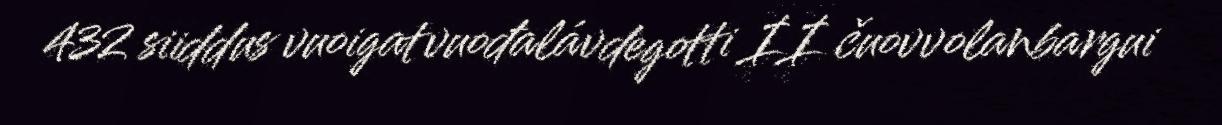
432 siiddus vuoigatvuođalávdegotti II čuovvolanbargui